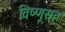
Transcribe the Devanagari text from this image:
विष्णूसह